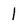
Character: 1